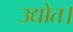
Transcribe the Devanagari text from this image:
उद्योत।